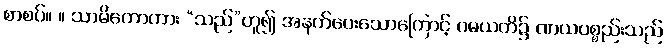
စာစပ်။ ။ သာမိကောကား “သည်”ဟူ၍ အနက်ပေးသောကြောင့် ဂမယတိ၌ ဏယပစ္စည်းသည်